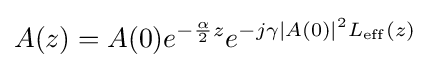
A(z)=A(0)e^{-{\frac {\alpha }{2}}z}e^{-j\gamma |A(0)|^{2}L_{\mathrm {eff} }(z)}